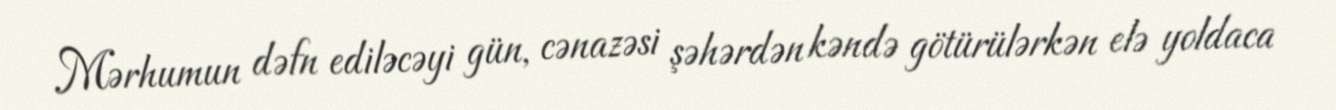
Mərhumun dəfn ediləcəyi gün, cənazəsi şəhərdən kəndə götürülərkən elə yoldaca